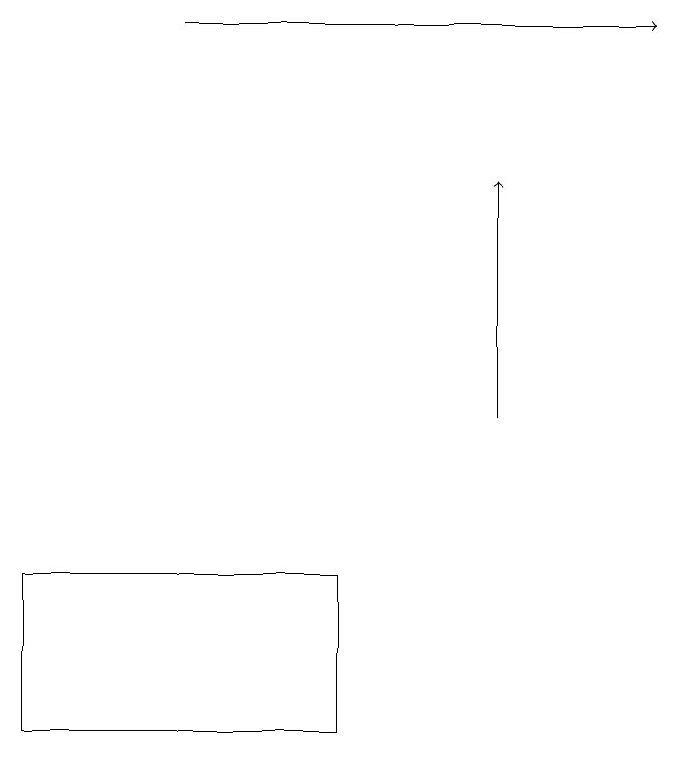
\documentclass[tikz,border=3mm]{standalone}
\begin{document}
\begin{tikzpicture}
\draw[->] (6,14) -- (6,17);
\draw[->] (2,19) -- (8,19);
\draw (4,10) rectangle (0,12);
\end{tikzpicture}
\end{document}